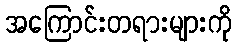
အကြောင်းတရားများကို